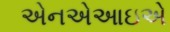
એનએઆઇએ